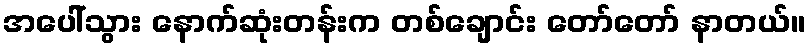
အပေါ်သွား နောက်ဆုံးတန်းက တစ်ချောင်း တော်တော် နာတယ်။